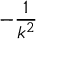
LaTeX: - { \frac { 1 } { k ^ { 2 } } }